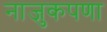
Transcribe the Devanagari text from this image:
नाजुकपणा